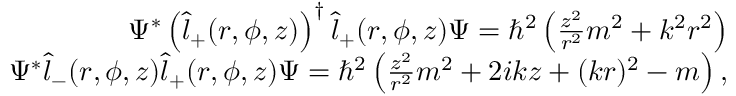
\begin{array} { r } { \Psi ^ { * } \left( \hat { l } _ { + } ( r , \phi , z ) \right) ^ { \dagger } \hat { l } _ { + } ( r , \phi , z ) \Psi = \hbar ^ { 2 } \left( \frac { z ^ { 2 } } { r ^ { 2 } } m ^ { 2 } + k ^ { 2 } r ^ { 2 } \right) } \\ { \Psi ^ { * } \hat { l } _ { - } ( r , \phi , z ) \hat { l } _ { + } ( r , \phi , z ) \Psi = \hbar ^ { 2 } \left( \frac { z ^ { 2 } } { r ^ { 2 } } m ^ { 2 } + 2 i k z + ( k r ) ^ { 2 } - m \right) , } \end{array}